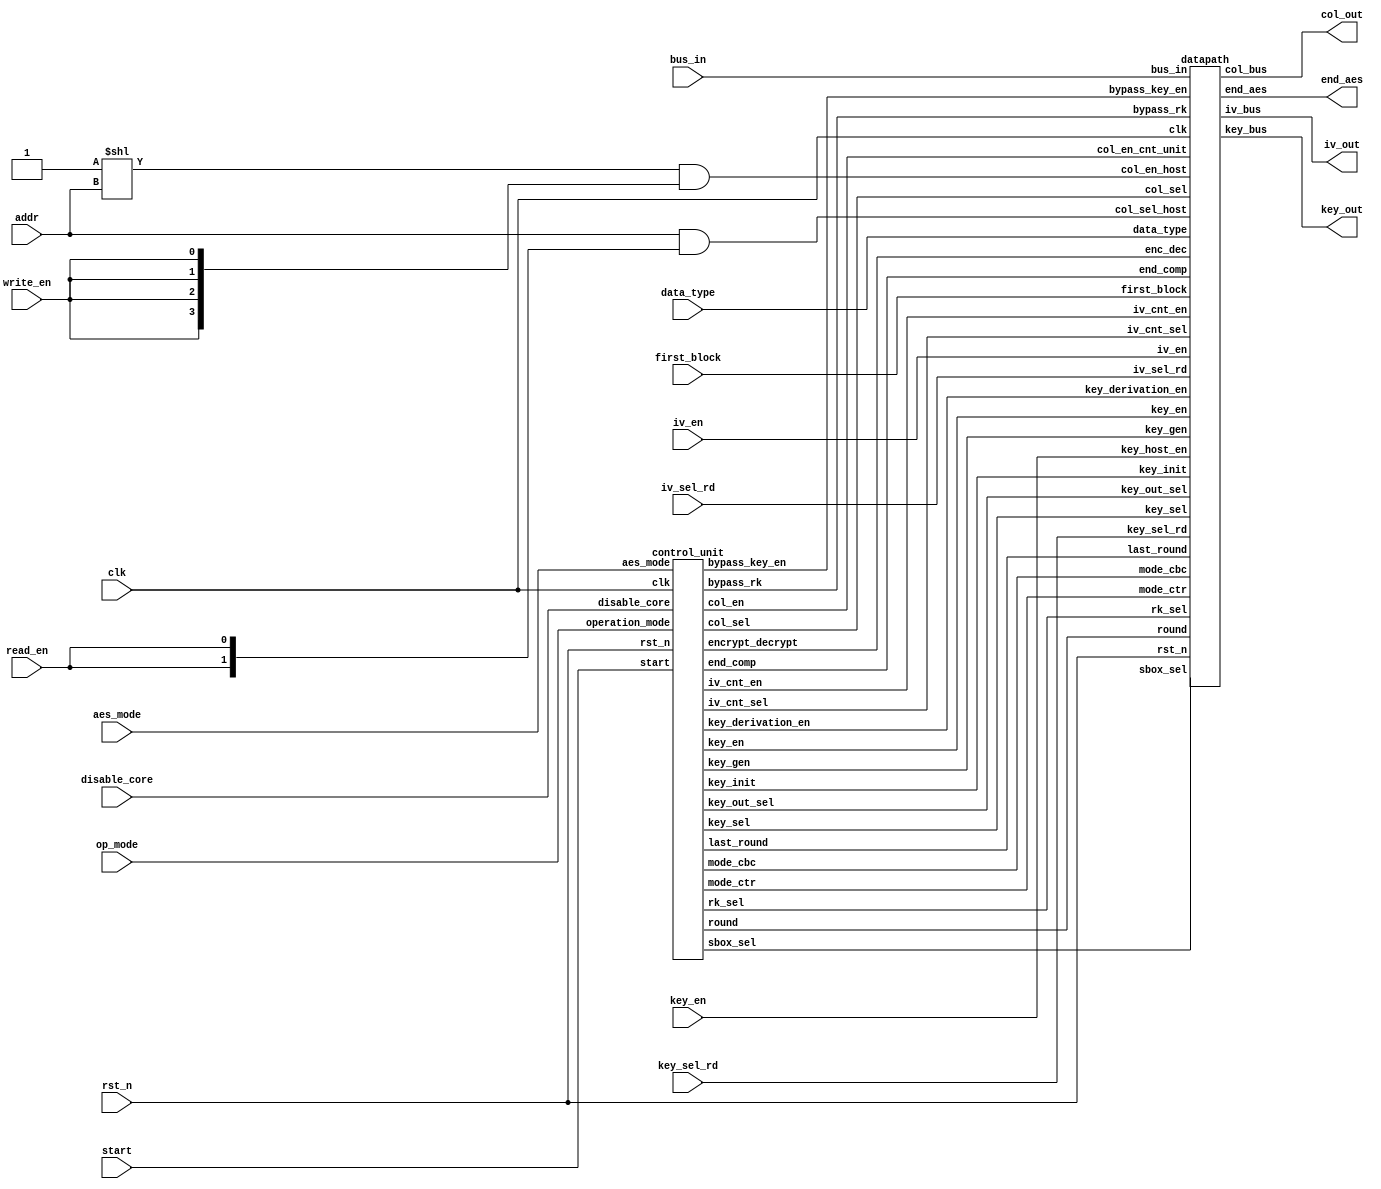

module aes_core
(
	//OUTPUTS
	output [31:0] col_out,
	output [31:0] key_out,
	output [31:0] iv_out,
	output end_aes,
	//INPUTS
	input  [31:0] bus_in,
	input  [ 3:0] iv_en,
	input  [ 3:0] iv_sel_rd,
	input  [ 3:0] key_en,
	input  [ 1:0] key_sel_rd,
	input  [ 1:0] data_type,
	input  [ 1:0] addr,
	input  [ 1:0] op_mode,
	input  [ 1:0] aes_mode,
	input start,
	input disable_core,
	input write_en,
	input read_en,
	input first_block,
	input rst_n,
	input clk
);

wire [ 1:0] rk_sel;
wire [ 1:0] key_out_sel;
wire [ 3:0] round;
wire [ 2:0] sbox_sel;
wire [ 3:0] col_en_host;
wire [ 3:0] iv_en_host;
wire [ 3:0] col_en_cnt_unit;
wire [ 3:0] key_en_host;
wire [ 3:0] key_en_cnt_unit;
wire [ 1:0] col_sel;
wire        key_sel;
wire bypass_rk;
wire bypass_key_en;
wire last_round;
wire iv_cnt_en;
wire iv_cnt_sel;
wire mode_ctr;
wire mode_cbc;
wire key_init;
wire key_gen;
wire [1:0] col_addr_host;

assign col_en_host = (4'b0001 << addr) & {4{write_en}};
assign col_addr_host = addr & {2{read_en}};
assign iv_en_host  = iv_en;
assign key_en_host = key_en;

datapath AES_CORE_DATAPATH
(
	.col_bus           ( col_out           ),
	.key_bus           ( key_out           ),
	.iv_bus            ( iv_out            ),   
	.bus_in 	   ( bus_in            ),
	.end_aes           ( end_aes           ),
	.data_type         ( data_type 	       ),
	.rk_sel 	   ( rk_sel            ),
	.key_out_sel       ( key_out_sel       ),
	.round		   ( round             ),
	.sbox_sel	   ( sbox_sel          ),
	.iv_en		   ( iv_en_host        ),
	.iv_sel_rd         ( iv_sel_rd         ),
	.col_en_host       ( col_en_host       ),
	.col_en_cnt_unit   ( col_en_cnt_unit   ),
	.key_host_en	   ( key_en_host       ),
	.key_en		   ( key_en_cnt_unit   ),
	.key_sel_rd        ( key_sel_rd        ),
	.col_sel_host	   ( col_addr_host     ),
	.col_sel           ( col_sel           ),
	.key_sel	   ( key_sel           ),
	.bypass_rk	   ( bypass_rk         ),
	.bypass_key_en     ( bypass_key_en     ),
	.first_block       ( first_block       ),
	.last_round        ( last_round        ),
	.iv_cnt_en         ( iv_cnt_en         ),
	.iv_cnt_sel	   ( iv_cnt_sel        ),
	.enc_dec	   ( enc_dec           ),
	.mode_ctr	   ( mode_ctr          ),
	.mode_cbc	   ( mode_cbc          ),
	.key_init          ( key_init          ),
	.key_gen           ( key_gen           ),
	.key_derivation_en ( key_derivation_en ),
	.end_comp          ( end_comp          ),
	.rst_n		   ( rst_n             ),
	.clk		   ( clk	       )
);

control_unit AES_CORE_CONTROL_UNIT
(  
	.end_comp          ( end_comp          ),
	.sbox_sel          ( sbox_sel          ),
	.rk_sel            ( rk_sel            ),
	.key_out_sel       ( key_out_sel       ),
	.col_sel           ( col_sel           ),
	.key_en            ( key_en_cnt_unit   ),
	.col_en            ( col_en_cnt_unit   ),
	.round      	   ( round             ),
	.bypass_rk         ( bypass_rk         ),
	.bypass_key_en     ( bypass_key_en     ),
	.key_sel           ( key_sel           ),
	.last_round        ( last_round        ),
	.iv_cnt_en         ( iv_cnt_en         ),
	.iv_cnt_sel        ( iv_cnt_sel        ),
	.mode_ctr          ( mode_ctr          ),
	.mode_cbc          ( mode_cbc          ),
	.key_init          ( key_init          ),
	.encrypt_decrypt   ( enc_dec	       ),
	.key_gen           ( key_gen           ),
	.operation_mode    ( op_mode 	       ),
	.aes_mode	   ( aes_mode          ),
	.start		   ( start 	       ),
	.key_derivation_en ( key_derivation_en ),
	.disable_core      ( disable_core      ),
	.clk		   ( clk               ),
	.rst_n		   ( rst_n             )
);

endmodule
module control_unit
(
	output reg [ 2:0] sbox_sel,
	output reg [ 1:0] rk_sel,
	output reg [ 1:0] key_out_sel,
	output reg [ 1:0] col_sel,
	output reg [ 3:0] key_en,
	output reg [ 3:0] col_en,
	output     [ 3:0] round,
	output reg bypass_rk,
	output reg bypass_key_en,
	output reg key_sel,
	output reg iv_cnt_en,
	output reg iv_cnt_sel,
	output reg key_derivation_en,
	output end_comp,
	output key_init,
	output key_gen,
	output mode_ctr,
	output mode_cbc,
	output last_round,
  output encrypt_decrypt,	
	input [1:0] operation_mode,
	input [1:0] aes_mode,
	input start,
	input disable_core,
	input clk,
	input rst_n
);
//`include "include/host_interface.vh"
//`include "include/control_unit_params.vh"

//=====================================================================================
// Memory Mapped Registers Address
//=====================================================================================
localparam AES_CR    = 4'd00;
localparam AES_SR    = 4'd01;
localparam AES_DINR  = 4'd02;
localparam AES_DOUTR = 4'd03;
localparam AES_KEYR0 = 4'd04;
localparam AES_KEYR1 = 4'd05;
localparam AES_KEYR2 = 4'd06;
localparam AES_KEYR3 = 4'd07;
localparam AES_IVR0  = 4'd08;
localparam AES_IVR1  = 4'd09;
localparam AES_IVR2  = 4'd10;
localparam AES_IVR3  = 4'd11;

//=============================================================================
// Operation Modes
//=============================================================================
localparam ENCRYPTION     = 2'b00;
localparam KEY_DERIVATION = 2'b01;
localparam DECRYPTION     = 2'b10;
localparam DECRYP_W_DERIV = 2'b11;

//=============================================================================
// AES Modes
//=============================================================================
localparam ECB = 2'b00;
localparam CBC = 2'b01;
localparam CTR = 2'b10;

//=============================================================================
// SBOX SEL
//=============================================================================
localparam COL_0 = 3'b000;
localparam COL_1 = 3'b001;
localparam COL_2 = 3'b010;
localparam COL_3 = 3'b011;
localparam G_FUNCTION = 3'b100;

//=============================================================================
// RK_SEL
//=============================================================================
localparam COL        = 2'b00;
localparam MIXCOL_IN  = 2'b01;
localparam MIXCOL_OUT = 2'b10;

//=============================================================================
// KEY_OUT_SEL
//=============================================================================
localparam KEY_0 = 2'b00;
localparam KEY_1 = 2'b01;
localparam KEY_2 = 2'b10;
localparam KEY_3 = 2'b11;

//=============================================================================
// COL_SEL
//=============================================================================
localparam SHIFT_ROWS = 2'b00;
localparam ADD_RK_OUT = 2'b01;
localparam INPUT      = 2'b10;

//=============================================================================
// KEY_SEL
//=============================================================================
localparam KEY_HOST = 1'b0;
localparam KEY_OUT  = 1'b1;

//=============================================================================
// KEY_EN
//=============================================================================
localparam KEY_DIS  = 4'b0000;
localparam EN_KEY_0 = 4'b0001;
localparam EN_KEY_1 = 4'b0010;
localparam EN_KEY_2 = 4'b0100;
localparam EN_KEY_3 = 4'b1000;
localparam KEY_ALL  = 4'b1111;

//=============================================================================
// COL_EN
//=============================================================================
localparam COL_DIS  = 4'b0000;
localparam EN_COL_0 = 4'b0001;
localparam EN_COL_1 = 4'b0010;
localparam EN_COL_2 = 4'b0100;
localparam EN_COL_3 = 4'b1000;
localparam COL_ALL  = 4'b1111;

//=============================================================================
// IV_CNT_SEL
//=============================================================================
localparam IV_CNT = 1'b1;
localparam IV_BUS = 1'b0;

//=============================================================================
// ENABLES
//=============================================================================
localparam ENABLE = 1'b1;
localparam DISABLE = 1'b0;

localparam NUMBER_ROUND      = 4'd10;
localparam NUMBER_ROUND_INC  = 4'd11;
localparam INITIAL_ROUND     = 4'd00;

//=============================================================================
// FSM STATES
//=============================================================================
localparam IDLE        = 4'd00;
localparam ROUND0_COL0 = 4'd01;
localparam ROUND0_COL1 = 4'd02;
localparam ROUND0_COL2 = 4'd03;
localparam ROUND0_COL3 = 4'd04;
localparam ROUND_KEY0  = 4'd05;
localparam ROUND_COL0  = 4'd06;
localparam ROUND_COL1  = 4'd07;
localparam ROUND_COL2  = 4'd08;
localparam ROUND_COL3  = 4'd09;
localparam READY       = 4'd10;
localparam GEN_KEY0    = 4'd11;
localparam GEN_KEY1    = 4'd12;
localparam GEN_KEY2    = 4'd13;
localparam GEN_KEY3    = 4'd14;
localparam NOP         = 4'd15;

reg [3:0] state, next_state;
reg [3:0] rd_count;

reg rd_count_en;
//reg end_aes_pp1, end_aes_pp2;
wire op_key_derivation;
wire first_round;
wire [1:0] op_mode;
wire enc_dec;

// State Flops Definition
always @(posedge clk, negedge rst_n)
	begin
		if(!rst_n)
			state <= IDLE;
		else
			if(disable_core)
				state <= IDLE;
			else
				state <= next_state;
	end

assign encrypt_decrypt = (op_mode == ENCRYPTION || op_mode == KEY_DERIVATION || state == GEN_KEY0   
			  ||   state == GEN_KEY1       ||state == GEN_KEY2   ||   state == GEN_KEY3       );

assign enc_dec = encrypt_decrypt | mode_ctr;
assign key_gen = (state == ROUND_KEY0);

assign op_key_derivation = (op_mode == KEY_DERIVATION);

assign mode_ctr = (aes_mode == CTR);
assign mode_cbc = (aes_mode == CBC);

assign key_init = start;

assign op_mode = (mode_ctr) ? ENCRYPTION : operation_mode;

// Next State Logic
always @(*)
	begin
		next_state = state;
		case(state)
			IDLE:
				begin
					if(!start)
						next_state = IDLE;
					else
						case(op_mode)
							ENCRYPTION    : next_state = ROUND0_COL0;
							DECRYPTION    : next_state = ROUND0_COL3;
							KEY_DERIVATION: next_state = GEN_KEY0;
							DECRYP_W_DERIV: next_state = GEN_KEY0;
							default       : next_state = IDLE;
						endcase
				end
			ROUND0_COL0:
				begin
					next_state = (enc_dec) ? ROUND0_COL1 : ROUND_KEY0; 
				end
			ROUND0_COL1:
				begin
					next_state = (enc_dec) ? ROUND0_COL2 : ROUND0_COL0;
				end
			ROUND0_COL2:
				begin
					next_state = (enc_dec) ? ROUND0_COL3 : ROUND0_COL1;
				end
			ROUND0_COL3:
				begin
					next_state = (enc_dec) ? ROUND_KEY0 : ROUND0_COL2;
				end
			ROUND_KEY0 :
				begin
					if(!first_round)
						begin
							next_state = (last_round) ? READY : NOP;
						end
					else
						begin
							next_state = (enc_dec) ? ROUND_COL0 : ROUND_COL3;
						end
				end
			NOP        :
				begin
					next_state = (enc_dec) ? ROUND_COL0 : ROUND_COL3;
				end
			ROUND_COL0 :
				begin
					next_state = (enc_dec) ? ROUND_COL1 : ROUND_KEY0;
				end
			ROUND_COL1 :
				begin
					next_state = (enc_dec) ? ROUND_COL2 : ROUND_COL0;
				end
			ROUND_COL2 :
				begin
					next_state = (enc_dec) ? ROUND_COL3 : ROUND_COL1;
				end
			ROUND_COL3 :
				begin
					if(last_round && enc_dec)
						next_state = READY;
					else
					next_state = (enc_dec) ? ROUND_KEY0 : ROUND_COL2;
				end
			GEN_KEY0   :
				begin
					next_state = GEN_KEY1;
				end
			GEN_KEY1   :
				begin
					next_state = GEN_KEY2;
				end
			GEN_KEY2   :
				begin
					next_state = GEN_KEY3;
				end
			GEN_KEY3   :
				begin
					if(last_round)
						next_state = (op_key_derivation) ? READY : ROUND0_COL3;
					else
						next_state = GEN_KEY0;
				end
			READY      :
				begin
					next_state = IDLE;
				end
		endcase
	end
 
       
// Output Logic
assign end_comp = (state == READY)?ENABLE:DISABLE;

/*
always @(posedge clk, negedge rst_n)
begin
		if(!rst_n)
		begin
			end_aes_pp1 <= 1'b0;
			end_aes_pp2 <= 1'b0; 
			end_comp <= 1'b0;
		end
		else
			if(state == READY)
			begin
				end_aes_pp1 <= ENABLE;
				//end_aes_pp2 <= end_aes_pp1;
				end_comp <= end_aes_pp1 ;
			end
			else
			begin
				end_aes_pp1 <= DISABLE;
				//end_aes_pp2 <= end_aes_pp1;
				end_comp <= end_aes_pp1 ;
			end

end
*/
always @(*)
	begin
		sbox_sel = COL_0;
		rk_sel = COL;
		bypass_rk = DISABLE;
		key_out_sel = KEY_0;
		col_sel = INPUT;
		key_sel = KEY_HOST;
		key_en = KEY_DIS;
		col_en = COL_DIS;
		rd_count_en = DISABLE;
		iv_cnt_en = DISABLE;
		iv_cnt_sel = IV_BUS;
		bypass_key_en = DISABLE;
		key_derivation_en = DISABLE;
		//end_comp = DISABLE;
		case(state)
			ROUND0_COL0:
				begin
					sbox_sel = COL_0;
					rk_sel   = COL;
					bypass_rk = ENABLE;
					bypass_key_en = ENABLE;
					key_out_sel = KEY_0;
					col_sel = (enc_dec) ? ADD_RK_OUT : SHIFT_ROWS;
					col_en =  (enc_dec) ? EN_COL_0 : COL_ALL;
				end
			ROUND0_COL1:
				begin
					sbox_sel = COL_1;
					rk_sel   = COL;
					bypass_rk = ENABLE;
					bypass_key_en = ENABLE;
					key_out_sel = KEY_1;
					col_sel = ADD_RK_OUT;
					col_en = EN_COL_1;
					if(!enc_dec)
						begin
							key_sel = KEY_OUT;
							key_en =  EN_KEY_1;
						end
				end
			ROUND0_COL2:
				begin
					sbox_sel = COL_2;
					rk_sel   = COL;
					bypass_rk = ENABLE;
					bypass_key_en = ENABLE;
					key_out_sel = KEY_2;
					col_sel = ADD_RK_OUT;
					col_en = EN_COL_2;
					if(!enc_dec)
						begin
							key_sel = KEY_OUT;
							key_en =  EN_KEY_2;
						end
				end
			ROUND0_COL3:
				begin
					sbox_sel = COL_3;
					rk_sel   = COL;
					bypass_key_en = ENABLE;
					key_out_sel = KEY_3;
					col_sel = (enc_dec) ? SHIFT_ROWS : ADD_RK_OUT;
					col_en =  (enc_dec) ? COL_ALL : EN_COL_3;
					bypass_rk = ENABLE;
					if(!enc_dec)
					begin
							key_sel = KEY_OUT;
							key_en =  EN_KEY_3;
					end
				end
			ROUND_KEY0:
				begin
					sbox_sel = G_FUNCTION;
					key_sel = KEY_OUT;
					key_en = EN_KEY_0;
					rd_count_en = ENABLE;
				end
			ROUND_COL0:
				begin
					sbox_sel = COL_0;
					rk_sel = (last_round) ? MIXCOL_IN : MIXCOL_OUT;
					key_out_sel = KEY_0;
					key_sel = KEY_OUT;

					if(enc_dec)
						key_en = EN_KEY_1;
					if((mode_cbc && last_round && !enc_dec) || (mode_ctr && last_round))
						col_sel = INPUT;
					else
						begin
							if(!enc_dec)
								col_sel = (last_round) ? ADD_RK_OUT : SHIFT_ROWS;
							else
								col_sel = ADD_RK_OUT;
						end
					if(enc_dec)
						col_en = EN_COL_0;
					else
						col_en = (last_round) ? EN_COL_0 : COL_ALL;
				end
			ROUND_COL1:
				begin
					sbox_sel = COL_1;
					rk_sel   = (last_round) ? MIXCOL_IN : MIXCOL_OUT;
					key_out_sel = KEY_1;
					key_sel = KEY_OUT;
					if(enc_dec)
						key_en = EN_KEY_2;
					else
						key_en = EN_KEY_1;
					if((mode_cbc && last_round && !enc_dec) || (mode_ctr && last_round))
						col_sel = INPUT;
					else
						col_sel = ADD_RK_OUT;
					col_en = EN_COL_1;
				end
			ROUND_COL2:
				begin
					sbox_sel = COL_2;
					rk_sel   = (last_round) ? MIXCOL_IN : MIXCOL_OUT;
					key_out_sel = KEY_2;
					key_sel = KEY_OUT;
					if(enc_dec)
						key_en = EN_KEY_3;
					else
						key_en = EN_KEY_2;
					if((mode_cbc && last_round && !enc_dec) || (mode_ctr && last_round))
						col_sel = INPUT;
					else
						col_sel = ADD_RK_OUT;
					col_en = EN_COL_2;
				end
			ROUND_COL3:
				begin
					sbox_sel = COL_3;
					rk_sel   = (last_round) ? MIXCOL_IN : MIXCOL_OUT;
					key_out_sel = KEY_3;
					key_sel = KEY_OUT;
					if(!enc_dec)
						key_en = EN_KEY_3;
					if((mode_cbc && last_round && !enc_dec) || (mode_ctr && last_round))
						col_sel = INPUT;
					else
						begin
							if(enc_dec)
								col_sel = (last_round) ? ADD_RK_OUT : SHIFT_ROWS;
							else
								col_sel = ADD_RK_OUT;
						end
					if(enc_dec)
						col_en = (last_round) ? EN_COL_3 : COL_ALL;
					else
						col_en = EN_COL_3;
					if(mode_ctr && last_round)
						begin
							iv_cnt_en = ENABLE;
							iv_cnt_sel = IV_CNT;
						end
				end
			GEN_KEY0:
				begin
					sbox_sel = G_FUNCTION;
					rd_count_en = ENABLE;
				end
			GEN_KEY1:
				begin
					key_en = EN_KEY_1 | EN_KEY_0; //Enable key 0 AND key 1
					key_sel = KEY_OUT;
					bypass_key_en = ENABLE;
				end
			GEN_KEY2:
				begin
					key_en = EN_KEY_2;
					key_sel = KEY_OUT;
					bypass_key_en = ENABLE;
				end
			GEN_KEY3:
				begin
					key_en = EN_KEY_3;
					key_sel = KEY_OUT;
					bypass_key_en = ENABLE;
				end
			READY:
				begin
					//end_comp = ENABLE;
					if(op_mode == KEY_DERIVATION)
						key_derivation_en = ENABLE;
				end
		endcase
	end

// Round Counter
always @(posedge clk, negedge rst_n)
	begin
		if(!rst_n)
			rd_count <= INITIAL_ROUND;
		else
			if(state == IDLE || (state == GEN_KEY3 && last_round))
				rd_count <= INITIAL_ROUND;
			else 
				if(rd_count_en)
					rd_count <= rd_count + 1'b1;
	end

assign round = rd_count;
assign first_round = (rd_count == INITIAL_ROUND);
assign last_round  = (rd_count == NUMBER_ROUND || rd_count == NUMBER_ROUND_INC);

endmodule
module datapath
(
	// OUTPUTS
	output [31:0] col_bus,
	output [31:0] key_bus,
	output [31:0] iv_bus,
	output end_aes,
	// INPUTS
	input [31:0] bus_in,
	input [ 1:0] data_type,
	input [ 1:0] rk_sel,
	input [ 1:0] key_out_sel,
	input [ 3:0] round,
	input [ 2:0] sbox_sel,
	input [ 3:0] iv_en,
	input [ 3:0] iv_sel_rd,
	input [ 3:0] col_en_host,
	input [ 3:0] col_en_cnt_unit,
	input [ 3:0] key_host_en,
	input [ 3:0] key_en,
	input [ 1:0] key_sel_rd,
	input [ 1:0] col_sel,
	input [ 1:0] col_sel_host,
	input end_comp,
	input key_sel,
	input key_init,
	input bypass_rk,
	input bypass_key_en,
	input first_block,
	input last_round,
	input iv_cnt_en,
	input iv_cnt_sel,
	input enc_dec,
	input mode_ctr,
	input mode_cbc,
	input key_gen,
	input key_derivation_en,
	input rst_n,
	input clk
);

//`include "include/control_unit_params.vh"
//=============================================================================
// SBOX SEL
//=============================================================================
localparam COL_0 = 3'b000;
localparam COL_1 = 3'b001;
localparam COL_2 = 3'b010;
localparam COL_3 = 3'b011;
localparam G_FUNCTION = 3'b100;

//=============================================================================
// RK_SEL
//=============================================================================
localparam COL        = 2'b00;
localparam MIXCOL_IN  = 2'b01;
localparam MIXCOL_OUT = 2'b10;

//=============================================================================
// KEY_OUT_SEL
//=============================================================================
localparam KEY_0 = 2'b00;
localparam KEY_1 = 2'b01;
localparam KEY_2 = 2'b10;
localparam KEY_3 = 2'b11;

//=============================================================================
// COL_SEL
//=============================================================================
localparam SHIFT_ROWS = 2'b00;
localparam ADD_RK_OUT = 2'b01;
localparam INPUT      = 2'b10;

//=============================================================================
// KEY_SEL
//=============================================================================
localparam KEY_HOST = 1'b0;
localparam KEY_OUT  = 1'b1;

//=============================================================================
// KEY_EN
//=============================================================================
localparam KEY_DIS  = 4'b0000;
localparam EN_KEY_0 = 4'b0001;
localparam EN_KEY_1 = 4'b0010;
localparam EN_KEY_2 = 4'b0100;
localparam EN_KEY_3 = 4'b1000;
localparam KEY_ALL  = 4'b1111;

//=============================================================================
// COL_EN
//=============================================================================
localparam COL_DIS  = 4'b0000;
localparam EN_COL_0 = 4'b0001;
localparam EN_COL_1 = 4'b0010;
localparam EN_COL_2 = 4'b0100;
localparam EN_COL_3 = 4'b1000;
localparam COL_ALL  = 4'b1111;

//=============================================================================
// IV_CNT_SEL
//=============================================================================
localparam IV_CNT = 1'b1;
localparam IV_BUS = 1'b0;

//=============================================================================
// ENABLES
//=============================================================================
localparam ENABLE = 1'b1;
localparam DISABLE = 1'b0;

reg [31 : 0] col     [0:3];
reg [31 : 0] key     [0:3];
reg [31 : 0] key_host[0:3];
reg [31 : 0] bkp     [0:3];
reg [31 : 0] bkp_1   [0:3];
reg [31 : 0] iv      [0:3];

reg  [127 : 0] col_in;
reg  [ 31 : 0] data_in;
reg  [ 31 : 0] add_rd_key_in;
reg  [ 31 : 0] sbox_input;
reg  [ 31 : 0] key_mux_out;
reg  [ 31 : 0] iv_mux_out;
reg  [ 31 : 0] bkp_mux_out;

wire [127 : 0] key_in, key_out;
wire [127 : 0] sr_input;
wire [127 : 0] sr_enc, sr_dec;
wire [ 31 : 0] add_rk_out;
wire [ 31 : 0] sbox_out_enc;
wire [ 31 : 0] sbox_out_dec;
wire [ 31 : 0] g_in;
wire [ 31 : 0] mix_out_enc;
wire [ 31 : 0] mix_out_dec;
wire [ 31 : 0] add_rd;
wire [ 31 : 0] bus_swap;
wire [ 31 : 0] iv_bkp_mux;
wire [ 31 : 0] xor_input_bkp_iv;
wire [ 31 : 0] sr_input_0;
wire [ 31 : 0] sr_input_3;
wire [  3 : 0] key_en_sel;
wire [  3 : 0] bkp_en;
wire [  3 : 0] col_en;
wire [  1 : 0] key_mux_sel;
wire [  1 : 0] rk_sel_mux;
wire [  1 : 0] col_sel_w_bypass;
wire [  3 : 0] col_en_w_bypass;
wire rk_out_sel;
wire add_rk_sel;
wire key_sel_mux;
wire key1_mux_cnt;
wire enc_dec_sbox;

reg [31 : 0] sbox_pp2;
reg [ 3 : 0] col_en_cnt_unit_pp1;
reg [ 3 : 0] col_en_cnt_unit_pp2;
reg [ 3 : 0] key_en_pp1;
reg [ 3 : 0] round_pp1;
reg [ 1 : 0] col_sel_pp1;
reg [ 1 : 0] col_sel_pp2;
reg [ 1 : 0] key_out_sel_pp1;
reg [ 1 : 0] key_out_sel_pp2;
reg [ 1 : 0] rk_sel_pp1;
reg [ 1 : 0] rk_sel_pp2;
reg key_sel_pp1;
reg rk_out_sel_pp1, rk_out_sel_pp2;
reg last_round_pp1, last_round_pp2;
//reg end_aes_pp2,end_aes_pp1;//end_aes_pp2;

assign key_bus = key_mux_out;
assign iv_bus = iv_mux_out;

// Input Swap Unit
data_swap SWAP_IN
(
	.data_swap( bus_swap  ),
	.data_in  ( bus_in    ),
	.swap_type( data_type )
);

// Output Swap Unit
data_swap SWAP_OUT
(
	.data_swap( col_bus    ),
	.data_in  ( sbox_input ),
	.swap_type( data_type  )
);

// IV and BKP Muxs
always@(iv_mux_out or bkp_mux_out or col_en or iv_sel_rd or iv[0] or iv[1] or iv[2] or iv[3] or bkp[0] or bkp[1] or bkp[2] or bkp[3])
	begin: IV_BKP_MUX
		integer i;
		iv_mux_out  = {32{1'b0}};
		bkp_mux_out = {32{1'b0}};
		for(i = 0; i < 4; i = i + 1)
			begin:IVBKP
				if(col_en[i] | iv_sel_rd[i])
					begin
						iv_mux_out  = iv[i];
						bkp_mux_out = bkp[i];
					end
			end
	end

assign iv_bkp_mux = (first_block && !mode_ctr) ? iv_mux_out : bkp_mux_out;

assign xor_input_bkp_iv = ((enc_dec && !mode_ctr) ? bus_swap : add_rk_out) ^ iv_bkp_mux;

always @(*)
	begin
		data_in = {32{1'b0}};
		case(1'b1)
			mode_cbc:
				data_in = (enc_dec || last_round) ? xor_input_bkp_iv : bus_swap;
			mode_ctr:
				data_in = (last_round) ? xor_input_bkp_iv : iv_mux_out;
			default:
				data_in = bus_swap;
		endcase
	end

assign bkp_en = ( {4{ mode_cbc && last_round && enc_dec}} & col_en_cnt_unit_pp2) | 
                ( {4{(mode_cbc && !enc_dec) || mode_ctr}} & col_en_host     );


// IV and BKP Registers
generate
	genvar l;

	for(l = 0; l < 4;l=l+1)
	begin:IV_BKP_REGISTERS
		always @(posedge clk, negedge rst_n)
		begin
				if(!rst_n)
				begin
						iv[l]    <= {32{1'b0}};
						bkp[l]   <= {32{1'b0}};
						bkp_1[l] <= {32{1'b0}};
				end
				else
				begin
						if(l == 3)
						begin 
								if(iv_en[l] || iv_cnt_en) 
								begin
									
									if(mode_ctr)
										iv[l] <= (iv_cnt_sel) ? iv[l] + 1'b1 : bus_in;

									else
										iv[l] <= (iv_cnt_sel) ? iv[l] : bus_in;
									
									
									//iv[l] <= (iv_cnt_sel) ? iv[l] : bus_in;
								end
						end
						else
						begin
								if(iv_en[l]) 
									iv[l] <= bus_in;
						end

					if(bkp_en[l])
						//bkp[l] <= (mode_ctr) ? bus_swap : ((mode_cbc && enc_dec) ? col_in : bkp_1[l]);
					bkp[l] <= (mode_ctr) ? bus_swap : ((mode_cbc && enc_dec)? col_in[32*(l + 1) - 1 : 32*l] : bkp_1[l]);

					if(bkp_en[l])
						bkp_1[l] <= col_in[32*(l + 1) - 1 : 32*l];
				end 
			end
		
		end
endgenerate

assign col_sel_w_bypass = (bypass_rk) ? col_sel : col_sel_pp2; 

// Columns Input Multiplexors
always @(*)
	begin
		col_in = {128{1'b0}};
		case(col_sel_w_bypass)
			SHIFT_ROWS:
				col_in = (enc_dec) ? sr_enc : sr_dec;
			ADD_RK_OUT:
				col_in = {4{add_rk_out}};
			INPUT:
				col_in = {4{data_in}};	 
		endcase
	end

assign col_en_w_bypass = (bypass_rk) ? col_en_cnt_unit : col_en_cnt_unit_pp2; 
assign col_en = col_en_host | col_en_w_bypass;

// Columns Definition
generate
	genvar i;
	for(i = 0; i < 4; i = i + 1)
	begin:CD
		always @(posedge clk, negedge rst_n)
			begin
				if(!rst_n)
					col[3 - i] <= {32{1'b0}};
				else 
				if(col_en[3 - i])
					col[3 - i] <= col_in[32*(i + 1) - 1 : 32*i]; 
			end
	end
endgenerate

// Shift Rows Operation
assign sr_input_3 = (enc_dec) ? add_rk_out : col[3];
assign sr_input_0 = (enc_dec) ? col[0] : add_rk_out;
assign sr_input = {sr_input_0, col[1], col[2], sr_input_3};

shift_rows SHIFT_ROW
(
	.data_out_enc  ( sr_enc   ),
	.data_out_dec  ( sr_dec   ),
  .data_in       ( sr_input ) 
);

//SBOX Input Multiplexor
always @(sbox_input or sbox_sel or col_sel_host or col[0] or col[1] or col[2] or col[3] or g_in)
	begin
		sbox_input = {32{1'b0}};
		case(sbox_sel | col_sel_host)
			COL_0:
				sbox_input = col[0];
			COL_1:
				sbox_input = col[1];
			COL_2:
				sbox_input = col[2];
			COL_3:
				sbox_input = col[3];
			G_FUNCTION:
				sbox_input = g_in;
		endcase
	end

// 32 bits SBOX
assign enc_dec_sbox = enc_dec | key_gen;
 sBox SBOX
  (
    .sbox_out_enc ( sbox_out_enc ),
		.sbox_out_dec ( sbox_out_dec ),
    .sbox_in      ( sbox_input   ),
    .enc_dec      ( enc_dec_sbox ),
		.clk          ( clk          )
  );

// Second stage of pipeline
always @(posedge clk)
	begin
		sbox_pp2 <= (enc_dec || mode_ctr) ? sbox_out_enc : sbox_out_dec ^ key_mux_out;
	end

assign key_en_sel  = (bypass_key_en) ? key_en : key_en_pp1;
assign key_sel_mux = (bypass_key_en) ? key_sel : key_sel_pp1;
 
// Key registers
generate
	genvar j;
	for(j = 0; j < 4; j = j + 1)
	begin:KR
		always @(posedge clk, negedge rst_n)
			begin
				if(!rst_n)
					begin
						key_host[3 - j] <= {32{1'b0}};
						key[3 - j] <= {32{1'b0}};
					end
				else
					begin
						if(key_host_en[3 - j] || key_derivation_en)
							key_host[3 - j] <= (key_derivation_en) ? key[3 - j] : bus_in;
					
						if(key_en_sel[3 - j] || key_init || key_host_en[3 - j])
							key[3 - j] <= (key_sel_mux) ? key_out[32*(j + 1) - 1 : 32*j] : ( (key_host_en[3 - j]) ? bus_in : key_host[3 - j] );
					end  
			end
	end
endgenerate

assign key_in = {key[0], key[1], key[2], key[3]};

assign key1_mux_cnt = bypass_key_en & enc_dec;

key_expander KEY_EXPANDER
(
	.key_out   ( key_out       ),
	.g_in		   ( g_in          ),
	.g_out     ( sbox_out_enc  ),
	.key_in    ( key_in        ),
	.round     ( round_pp1     ),
	.add_w_out ( key1_mux_cnt  ),
	.enc_dec   ( enc_dec | key_gen)
);

assign key_mux_sel = (bypass_key_en) ? key_out_sel : ( (enc_dec | mode_ctr) ? key_out_sel_pp2 : key_out_sel_pp1 );

// Key Expander Mux
always @(key_mux_out or key_mux_sel or key_sel_rd or key[0] or key[1] or key[2] or key[3])
	begin
		key_mux_out = {32{1'b0}};
		case(key_mux_sel | key_sel_rd)
			KEY_0:
				key_mux_out = key[0];
			KEY_1:
				key_mux_out = key[1];
			KEY_2:
				key_mux_out = key[2];
			KEY_3:
				key_mux_out = key[3];	
		endcase
	end

  mix_columns MIX_COL
  (
    .mix_out_enc ( mix_out_enc  ),
		.mix_out_dec ( mix_out_dec  ),
    .mix_in      ( sbox_pp2     )
  );

assign rk_sel_mux = (bypass_rk) ? rk_sel : rk_sel_pp2;

always @(*)
	begin
		add_rd_key_in = {32{1'b0}};
		case(rk_sel_mux)
			COL:
				add_rd_key_in = sbox_input;
			MIXCOL_IN:
				add_rd_key_in = sbox_pp2;
			MIXCOL_OUT:
				add_rd_key_in = mix_out_enc;
		endcase
	end

// Add Round Key
assign add_rd = add_rd_key_in ^ key_mux_out;

assign rk_out_sel = (enc_dec | mode_ctr | bypass_rk);

assign add_rk_sel = (bypass_rk) ? rk_out_sel : rk_out_sel_pp2;

assign add_rk_out = (add_rk_sel) ? add_rd : (last_round_pp2 ? sbox_pp2 : mix_out_dec);

assign end_aes = end_comp;

// Pipeline Registers for Control Signals
always @(posedge clk, negedge rst_n)
	begin
		if(!rst_n)
			begin
				//end_aes_pp1 <= DISABLE;
				//end_aes_pp2 <= DISABLE;

				col_sel_pp1 <= INPUT; 
				col_sel_pp2 <= INPUT;

				col_en_cnt_unit_pp1 <= COL_DIS;
				col_en_cnt_unit_pp2 <= COL_DIS;

				key_sel_pp1 <= KEY_HOST;
				key_en_pp1  <= KEY_DIS;

				round_pp1 <= 4'b0000;

				key_out_sel_pp1 <= KEY_0;
				key_out_sel_pp2 <= KEY_0;

				rk_sel_pp1 <= COL;
				rk_sel_pp2 <= COL;

				rk_out_sel_pp1 <= 1'b1;
				rk_out_sel_pp2 <= 1'b1;

				last_round_pp1 <= 1'b1;
				last_round_pp2 <= 1'b0;
			end
		else
			begin
				col_sel_pp1 <= col_sel;
				col_sel_pp2 <= col_sel_pp1;

				if(!bypass_rk)
					begin	
						col_en_cnt_unit_pp1 <= col_en_cnt_unit;
						col_en_cnt_unit_pp2 <= col_en_cnt_unit_pp1;
					end

				key_sel_pp1 <= key_sel;

				if(!bypass_key_en)
					key_en_pp1 <= key_en;

				round_pp1 <= round;

				key_out_sel_pp1 <= key_out_sel;
				key_out_sel_pp2 <= key_out_sel_pp1;

				rk_sel_pp1 <= rk_sel;
				rk_sel_pp2 <= rk_sel_pp1;

				rk_out_sel_pp1 <= rk_out_sel;
				rk_out_sel_pp2 <= rk_out_sel_pp1;

				last_round_pp1 <= last_round;
				last_round_pp2 <= last_round_pp1;

				//end_aes_pp1 <= end_comp;
				//end_aes_pp2 <= end_aes_pp1;
			end
	end
endmodule
module mix_columns
(
	// OUTPUTS
	output [31:0] mix_out_enc,
	output [31:0] mix_out_dec,
	// INPUTS
	input  [31:0] mix_in
);

localparam integer SIZE      = 32;
localparam integer WORD_SIZE = 8;
localparam integer NUM_WORDS = 4;

wire [WORD_SIZE - 1 : 0] col  [0 : NUM_WORDS - 1];
wire [WORD_SIZE - 1 : 0] sum_p[0 : NUM_WORDS - 1];
wire [WORD_SIZE - 1 : 0] y    [0 : NUM_WORDS - 2];

//=====================================================================================
// Multiplication by 02 in GF(2^8) 
//=====================================================================================
function [7:0] aes_mult_02;
  input [7:0] data_in;
  begin
    aes_mult_02 = (data_in << 1) ^ {8{data_in[7]}} & 8'h1b;
  end
endfunction

//=====================================================================================
// Multiplication by 04 in GF(2^8)
//=====================================================================================
function [7:0] aes_mult_04;
  input [7:0] data_in;
  begin
    aes_mult_04 = ((data_in << 2) ^ {8{data_in[6]}} & 8'h1b) ^ {8{data_in[7]}} & 8'h36;
  end
endfunction

//=====================================================================================
// Word to Byte transformation
//=====================================================================================
generate
	genvar i;
	for(i = 0 ; i < NUM_WORDS; i = i + 1)
	begin:WBT
		assign col[i] = mix_in[WORD_SIZE*(i + 1) - 1: WORD_SIZE*i];
	end
endgenerate

//=====================================================================================
// Direct Mix Column Operation
//=====================================================================================
generate
	genvar j;
	for(j = 0; j < NUM_WORDS; j = j + 1)
		begin:DMCO
			assign sum_p[j] = col[(j + 1)%NUM_WORDS] ^ col[(j + 2)%NUM_WORDS] ^ col[(j + 3)%NUM_WORDS];
			assign mix_out_enc[ WORD_SIZE*(j + 1) - 1 : WORD_SIZE*j] = aes_mult_02(col[j] ^ col[(j + NUM_WORDS - 1)%NUM_WORDS]) ^ sum_p[j];
		end
endgenerate

//=====================================================================================
// Inverse Mix Column Operation
//=====================================================================================
assign y[0] = aes_mult_04(col[2] ^ col[0]); 
assign y[1] = aes_mult_04(col[3] ^ col[1]);
assign y[2] = aes_mult_02(  y[1] ^   y[0]);  
assign mix_out_dec = mix_out_enc ^ {2{y[2] ^ y[1], y[2] ^ y[0]}};

endmodule
module key_expander
(
	// OUTPUTS
	output  [127:0] key_out,
	output  [ 31:0] g_in,
	// INPUTS
	input  [ 31:0] g_out,
	input  [127:0] key_in,
	input  [  3:0] round,
	input add_w_out,
	input enc_dec
);

localparam integer KEY_WIDTH = 32;
localparam integer KEY_NUM   = 4;
localparam integer WORD      = 8;
localparam integer ROUNDS    = 10;

wire  [KEY_WIDTH - 1 : 0] key   [0 : KEY_NUM - 1];
wire  [     WORD - 1 : 0] rot_in[0 : KEY_NUM - 1];
wire  [KEY_WIDTH - 1 : 0] g_func;
reg   [     WORD - 1 : 0] rc_dir, rc_inv;
wire  [     WORD - 1 : 0] rc;

//=====================================================================================
// Key Generation
//=====================================================================================
generate
	genvar i;
	for(i = 0; i < KEY_NUM; i = i + 1)
	begin:KG
			assign key[KEY_NUM - 1 - i] = key_in[KEY_WIDTH*(i + 1) - 1 : KEY_WIDTH*i];
	end
endgenerate

//=====================================================================================
// Key Out Generation
//=====================================================================================
generate
	genvar j;
	for(j = 0; j < KEY_NUM; j = j + 1)
	begin:KGO
			if(j == 0)
				assign key_out[KEY_WIDTH*(KEY_NUM - j) - 1 : KEY_WIDTH*(KEY_NUM - j - 1)] = key[j] ^ g_func;
			else
				if(j == 1)
					assign key_out[KEY_WIDTH*(KEY_NUM - j) - 1 : KEY_WIDTH*(KEY_NUM - j - 1)] = (add_w_out) ? key[j] ^ key[j - 1] ^ g_func : key[j] ^ key[j - 1];
				else
					assign key_out[KEY_WIDTH*(KEY_NUM - j) - 1 : KEY_WIDTH*(KEY_NUM - j - 1)] = key[j] ^ key[j - 1];
	end
endgenerate

//=====================================================================================
// G Function Input Generation
//=====================================================================================
generate
	genvar k;
	for(k = 0; k < KEY_NUM; k = k + 1)
	begin:GFIG
		assign rot_in[k] = (enc_dec) ? key[KEY_NUM - 1][WORD*(k + 1) - 1 : WORD*k] : key[KEY_NUM - 1][WORD*(k + 1) - 1 : WORD*k] ^ key[KEY_NUM - 2][WORD*(k + 1) - 1 : WORD*k];
	end
endgenerate

generate
	genvar l;
	for(l = 0; l < KEY_NUM; l = l + 1)
	begin:GFIG1
		assign g_in[WORD*(l + 1) - 1 : WORD*l] = rot_in[(KEY_NUM + l - 1)%KEY_NUM];
	end
endgenerate

//=====================================================================================
// G Functin Output Processsing
//=====================================================================================
assign g_func = {g_out[KEY_WIDTH - 1 : KEY_WIDTH - WORD] ^ rc, g_out[KEY_WIDTH - WORD - 1 : 0]};

assign rc = (enc_dec) ? rc_dir : rc_inv;

always @(*)
	begin: RC_DIR
		integer i;
		for(i = 0; i < ROUNDS; i = i + 1)
			if(round == 8)
				rc_dir = 8'h1b;
			else 
			if(round == 9)
				rc_dir = 8'h36;
			else
				rc_dir = 8'h01 << round;
	end

always @(*)
	begin: RC_INV
		integer i;
		for(i = 0; i < ROUNDS; i = i + 1)
			if(round == 1)
				rc_inv = 8'h1b;
			else 
			if(round == 0)
				rc_inv = 8'h36;
			else
				rc_inv = 8'h80 >> (round - 2);
	end
endmodule
module sBox
#(
  parameter SBOX_NUM = 4
)(
  //OUTPUTS
  output [8*SBOX_NUM - 1:0] sbox_out_enc,
  output [8*SBOX_NUM - 1:0] sbox_out_dec,
	//INPUTS
  input  [8*SBOX_NUM - 1:0] sbox_in,
	input enc_dec,
	input clk
);
  sBox_8 SBOX[SBOX_NUM - 1:0]
  (
    .sbox_out_enc ( sbox_out_enc ),
		.sbox_out_dec ( sbox_out_dec ),
    .sbox_in      ( sbox_in      ),
		.enc_dec      ( enc_dec      ),
		.clk          ( clk          )
  );
  
endmodule
module sBox_8
(
  //OUTPUTS
  output [7:0] sbox_out_enc, // Direct SBOX
	output [7:0] sbox_out_dec, // Inverse SBOX
  //INPUTS
  input  [7:0] sbox_in,
	input enc_dec,
	input clk
);
//`include "include/sbox_functions.vf"

// Functions used by SBOX Logic
// For more detail, see "A Very Compact Rijndael  S-Box" by D. Canright
localparam ENC = 1;
localparam DEC = 0;

function [1:0] gf_sq_2;
	input [1:0] in;
	begin
  	gf_sq_2 = {in[0], in[1]};
	end
endfunction

function [1:0] gf_sclw_2;
	input [1:0] in;
	begin
  	gf_sclw_2 = {^in, in[1]};
  end
endfunction

function [1:0] gf_sclw2_2;
	input [1:0] in;
	begin
  	gf_sclw2_2 = {in[0], ^in};
  end
endfunction

function [1:0] gf_muls_2;
	input [1:0] in1, in2;
  input in3, in4;
	begin
  	gf_muls_2 = ( ~(in1 & in2) ) ^ ( {2{~(in3 & in4)}} );
  end
endfunction

function [1:0] gf_muls_scl_2;
  input [1:0] in1, in2;
  input in3, in4;
	reg [1:0] nand_in1_in2;
  reg nand_in3_in4;
	begin
  	nand_in1_in2 = ~(in1 & in2);
  	nand_in3_in4 = ~(in3 & in4);
  	gf_muls_scl_2 = {nand_in3_in4 ^ nand_in1_in2[0], ^nand_in1_in2};
  end
endfunction

function [3:0] gf_inv_4;
  input [3:0] in;
	reg [1:0] in_hg;
	reg [1:0] in_lw;
	reg [1:0] out_gf_mul_2;
	reg [1:0] out_gf_mul_3;
	reg [1:0] out_gf_sq2_3;
	reg [1:0] in_sq2_3;
	reg xor_in_hg, xor_in_lw;
	begin
		in_hg = in[3:2];
		in_lw = in[1:0];
		xor_in_hg = ^in_hg;
		xor_in_lw = ^in_lw;
		in_sq2_3 = {~(in_hg[1] | in_lw[1]) ^ (~(xor_in_hg & xor_in_lw)), ~(xor_in_hg | xor_in_lw) ^ (~(in_hg[0] & in_lw[0]))};
 
  	out_gf_sq2_3 = gf_sq_2(in_sq2_3);
 		out_gf_mul_2 = gf_muls_2(out_gf_sq2_3, in_lw, ^out_gf_sq2_3, xor_in_lw);
		out_gf_mul_3 = gf_muls_2(out_gf_sq2_3, in_hg, ^out_gf_sq2_3, xor_in_hg);
 		
		gf_inv_4 = {out_gf_mul_2, out_gf_mul_3};
 end
endfunction


function [3:0] gf_sq_scl_4;
  input [3:0] in;
	reg [1:0] in_hg;
	reg [1:0] in_lw;
	reg [1:0] out_gf_sq2_1;
	reg [1:0] out_gf_sq2_2;
	reg [1:0] out_gf_sclw2_1;
	begin
		in_hg = in[3:2];
		in_lw = in[1:0];
		
		out_gf_sq2_1 = gf_sq_2(in_hg ^ in_lw );
 		out_gf_sq2_2 = gf_sq_2(in_lw);
 		out_gf_sclw2_1 = gf_sclw_2(out_gf_sq2_2);
 
 		gf_sq_scl_4 = {out_gf_sq2_1, out_gf_sclw2_1};
	end
endfunction


function [3:0] gf_muls_4;
  input [3:0] in1;
  input [3:0] in2;	
	reg [1:0] in1_hg;
	reg [1:0] in1_lw;
	reg [1:0] in2_hg;
	reg [1:0] in2_lw;
	reg [1:0] xor_in1_hl;
	reg [1:0] xor_in2_hl;
	reg [1:0] out_gf_mul_1;
	reg [1:0] out_gf_mul_2;
	reg [1:0] out_gf_mul_scl_1;
	begin
 		in1_hg = in1[3:2];
		in1_lw = in1[1:0];
 		in2_hg = in2[3:2];
 		in2_lw = in2[1:0];
 		xor_in1_hl = in1_hg ^ in1_lw;
 		xor_in2_hl = in2_hg ^ in2_lw;

		out_gf_mul_1 = gf_muls_2(in1_hg, in2_hg, in1[3] ^ in1[2], in2[3] ^ in2[2]);
 		out_gf_mul_2 = gf_muls_2(in1_lw, in2_lw, in1[1] ^ in1[0], in2[1] ^ in2[0]);
		out_gf_mul_scl_1 = gf_muls_scl_2(xor_in1_hl, xor_in2_hl, ^xor_in1_hl, ^xor_in2_hl);
 
  	gf_muls_4 = {out_gf_mul_1 ^ out_gf_mul_scl_1,  out_gf_mul_2 ^ out_gf_mul_scl_1};
	end
endfunction

function [3:0] gf_inv_8_stage1;
  input [7:0] in;
	reg [3:0] in_hg;
	reg [3:0] in_lw;
	reg [3:0] out_gf_mul4_2;
	reg [3:0] out_gf_mul4_3;
	reg [3:0] out_gf_inv4_2;
	reg c1, c2, c3;
	begin
		in_hg = in[7:4];
		in_lw = in[3:0];
          
 		c1 = ~((in_hg[3] ^ in_hg[2]) & (in_lw[3] ^ in_lw[2]));
 		c2 = ~((in_hg[2] ^ in_hg[0]) & (in_lw[2] ^ in_lw[0]));
 		c3 = ~((^in_hg) & (^in_lw));

 		gf_inv_8_stage1 = 
				 {(~((in_hg[2] ^ in_hg[0]) | (in_lw[2] ^ in_lw[0])) ^ (~(in_hg[3] & in_lw[3]))) ^ c1 ^ c3, 
          (~((in_hg[3] ^ in_hg[1]) | (in_lw[3] ^ in_lw[1])) ^ (~(in_hg[2] & in_lw[2]))) ^ c1 ^ c2, 
          (~((in_hg[1] ^ in_hg[0]) | (in_lw[1] ^ in_lw[0])) ^ (~(in_hg[1] & in_lw[1]))) ^ c2 ^ c3, 
          ((~(in_hg[0] | in_lw[0])) ^ (~((in_hg[1] ^ in_hg[0]) & (in_lw[1] ^ in_lw[0])))) ^ (~((in_hg[3] ^ in_hg[1]) & (in_lw[3] ^ in_lw[1]))) ^ c2}; 
	end
endfunction

function [7:0] gf_inv_8_stage2;
  input [7:0] in;
	input [3:0] c;
	reg [3:0] in_hg;
	reg [3:0] in_lw;
	reg [3:0] out_gf_mul4_2;
	reg [3:0] out_gf_mul4_3;
	reg [3:0] out_gf_inv4_2;
	reg c1, c2, c3;
	begin
		in_hg = in[7:4];
		in_lw = in[3:0];
          
		out_gf_inv4_2 = gf_inv_4(c);
		out_gf_mul4_2 = gf_muls_4(out_gf_inv4_2, in_lw);
		out_gf_mul4_3 = gf_muls_4(out_gf_inv4_2, in_hg);

 		gf_inv_8_stage2 = {out_gf_mul4_2, out_gf_mul4_3};
	end
endfunction

function [15:0] isomorphism;
  input [7:0] in;
  reg r1, r2, r3, r4, r5, r6, r7, r8, r9;
  reg [7:0] enc, dec;
  begin
    r1 = in[7]  ^ in[5];
    r2 = in[7] ~^ in[4];
    r3 = in[6]  ^ in[0];
    r4 = in[5] ~^ r3;
    r5 = in[4]  ^ r4;
    r6 = in[3]  ^ in[0];
    r7 = in[2]  ^ r1;
    r8 = in[1]  ^ r3;
    r9 = in[3]  ^ r8;
    
    enc = {r7 ~^ r8, r5, in[1] ^ r4, r1 ~^ r3, in[1] ^ r2 ^ r6, ~in[0], r4, in[2] ~^ r9};
    dec = {r2, in[4] ^ r8, in[6] ^ in[4], r9, in[6] ~^ r2, r7, in[4] ^ r6, in[1] ^ r5};
    
    isomorphism = {enc, dec};
  end
endfunction

function [7:0] isomorphism_inv;
  input [7:0] in;
	input op_type;
  reg r1, r2, r3, r4, r5, r6, r7, r8, r9, r10;
  begin
    r1  = in[7]  ^ in[3];
    r2  = in[6]  ^ in[4];
    r3  = in[6]  ^ in[0];
    r4  = in[5] ~^ in[3];
    r5  = in[5] ~^ r1;
    r6  = in[5] ~^ in[1];
    r7  = in[4] ~^ r6;
    r8  = in[2]  ^ r4;
    r9  = in[1]  ^ r2;
    r10 = r3     ^ r5;
    
		if(op_type == ENC)
    	isomorphism_inv = {r4, r1, r3, r5, r2 ^ r5, r3 ^ r8, r7, r9};
		else
    	isomorphism_inv = {in[4] ~^ in[1], in[1] ^ r10, in[2] ^ r10, in[6] ~^ in[1], r8 ^ r9, in[7] ~^ r7, r6, ~in[2]};
    
  end
endfunction




wire [7:0] base_new_enc, base_new_dec, base_new;
//wire [7:0] base_enc, base_dec;
wire [3:0] out_gf_inv8_stage1;
wire [7:0] out_gf_inv8_1;
//wire [7:0] out_gf_inv8_2;

reg [3:0] out_gf_pp;
reg [7:0] base_new_pp;

assign {base_new_enc, base_new_dec} = isomorphism(sbox_in);

assign base_new = ~(enc_dec ? base_new_enc : base_new_dec);
assign out_gf_inv8_stage1 = gf_inv_8_stage1(base_new);

always @(posedge clk)
	begin
		out_gf_pp <= out_gf_inv8_stage1;
		base_new_pp <= base_new;
	end

assign out_gf_inv8_1 = gf_inv_8_stage2(base_new_pp, out_gf_pp);				
	
assign sbox_out_enc = ~isomorphism_inv(out_gf_inv8_1, ENC);
assign sbox_out_dec = ~isomorphism_inv(out_gf_inv8_1, DEC);

endmodule
module shift_rows
(
	//OUTPUTS
	output [127 : 0] data_out_enc,  // Result after Shift Rows operation - enc
	output [127 : 0] data_out_dec,  // Result after Shift Rows operation - dec
	//INPUTS
	input  [127 : 0] data_in        // Input Bus
);

localparam integer BUS_WIDTH = 128;  // Bus Width
localparam integer ST_WORD   =   8;  // Data Size of word in State MAtrix
localparam integer ST_LINE   =   4;  // Number of Lines of State Matrix
localparam integer ST_COL    =   4;  // Number of Columns of State Matrix

wire [ST_WORD - 1 : 0] state[0 : ST_LINE - 1][0 : ST_COL - 1];
wire [ST_WORD - 1 : 0] state_sft_l[0 : ST_LINE - 1][0 : ST_COL - 1];
wire [ST_WORD - 1 : 0] state_sft_r[0 : ST_LINE - 1][0 : ST_COL - 1];

//=====================================================================================
// State Matrix generation
//=====================================================================================
generate
	genvar l,c;
	for(l = 0; l < ST_LINE; l = l + 1)
	begin:SMG
		for(c = 0; c < ST_COL; c = c + 1)
		begin:BLOCK
			assign state[l][c] = data_in[ST_WORD*((ST_COL - c)*ST_LINE - l) - 1 : ST_WORD*((ST_COL - c)*ST_LINE - l - 1)];
		end
	end
endgenerate

//=====================================================================================
// Shift Row operation
//=====================================================================================
generate
	genvar l1,c1;
	for(l1 = 0; l1 < ST_LINE; l1 = l1 + 1)
	begin:SRO
		for(c1 = 0; c1 < ST_COL; c1 = c1 + 1)
			begin:BLOCK
				assign state_sft_l[l1][c1] = state[l1][(c1 + l1)%ST_COL];
				assign state_sft_r[l1][c1] = state[l1][(c1 + (ST_COL - l1))%ST_COL];
			end
	end
endgenerate

//=====================================================================================
// State Matrix to Bus Output Transformation
//=====================================================================================
generate
	genvar l2,c2;
	for(l2 = 0; l2 < ST_LINE; l2 = l2 + 1)
	begin:SMBOT
		for(c2 = 0; c2 < ST_COL; c2 = c2 + 1)
			begin:BLOCK
				assign data_out_enc[ST_WORD*((ST_COL - c2)*ST_LINE - l2) - 1 : ST_WORD*((ST_COL - c2)*ST_LINE - l2 - 1)] = state_sft_l[l2][c2];
				assign data_out_dec[ST_WORD*((ST_COL - c2)*ST_LINE - l2) - 1 : ST_WORD*((ST_COL - c2)*ST_LINE - l2 - 1)] = state_sft_r[l2][c2];
			end
	end
endgenerate
endmodule
module data_swap
#(
	parameter WIDTH = 32
)(
	//OUTPUTS
	output [WIDTH - 1:0] data_swap,
	//INPUTS
	input  [WIDTH - 1:0] data_in,
	input  [ 1:0] swap_type
);

//=====================================================================================
// Swap Types
//=====================================================================================
localparam NO_SWAP        = 2'b00;
localparam HALF_WORD_SWAP = 2'b01;
localparam BYTE_SWAP      = 2'b10;
localparam BIT_SWAP       = 2'b11;

localparam TYPES = 4;

wire [WIDTH - 1 : 0] words[0 : TYPES - 1];

generate
	genvar i, j;
	for(i = 0; i < TYPES; i = i + 1)
	begin:BLOCK
		for(j = 0; j < WIDTH; j = j + 1)
			begin: SUB_BLOCK
				if(i != 3)
					assign words[i][j] = data_in[(WIDTH - (WIDTH/2**i)) - 2*(WIDTH/2**i)*(j/(WIDTH/2**i)) + j];
				else
					assign words[i][j] = data_in[WIDTH - 1 - j];
			end
	end
endgenerate

assign data_swap = words[swap_type];

endmodule